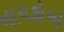
નાયકોએ